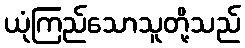
ယုံကြည်သောသူတို့သည်